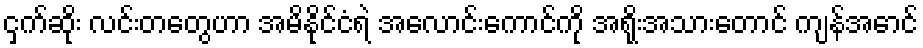
ငှက်ဆိုး လင်းတတွေဟာ အမိနိုင်ငံရဲ အလောင်းကောင်ကို အရိုးအသားတောင် ကျန်အောင်